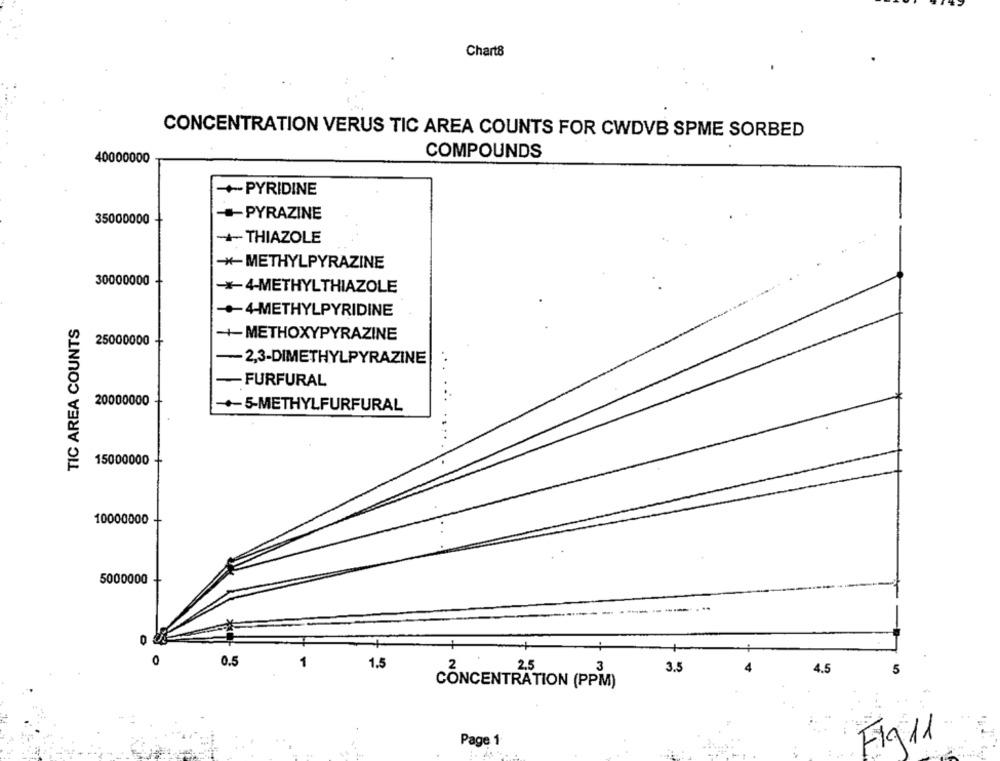
Chart8
CONCENTRATION VERUS TIC AREA COUNTS FOR CWDVB SPME SORBED
40000000
COMPOUNDS
+PYRIDINE
35000000
PYRAZINE
THIAZOLE
*- METHYLPYRAZINE
30000000
*4-METHYLTHIAZOLE
-+-4-METHYLPYRIDINE
TIC AREA COUNTS
++METHOXYPYRAZINE
25000000
-2,3-DIMETHYLPYRAZINE
FURFURAL
20000000
+-5-METHYLFURFURAL
15000000
10000000
5000000
0
0
0.5
1.5
3.5
4.5
CONCENTRATION (PPM)
Page 1
Fig11